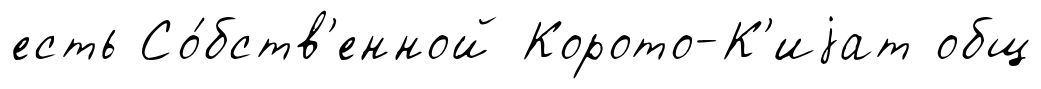
есть Со́бств'енной Корото-К'иjат общ